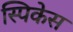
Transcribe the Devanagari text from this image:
स्पिकेस